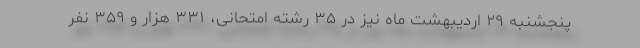
پنجشنبه ۲۹ اردیبهشت ماه نیز در ۳۵ رشته امتحانی، ۳۳۱ هزار و ۳۵۹ نفر